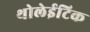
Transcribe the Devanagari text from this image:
थोलेईटिक